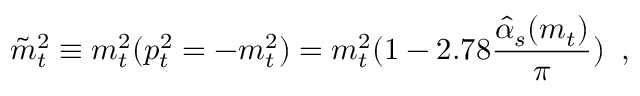
\tilde { m } _ { t } ^ { 2 } \equiv m _ { t } ^ { 2 } ( p _ { t } ^ { 2 } = - m _ { t } ^ { 2 } ) = m _ { t } ^ { 2 } ( 1 - 2 . 7 8 \frac { \hat { \alpha } _ { s } ( m _ { t } ) } { \pi } ) \; \; ,